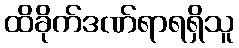
ထိခိုက်ဒဏ်ရာရရှိသူ